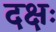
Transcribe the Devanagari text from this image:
दक्षः